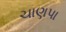
ચાણપા